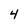
Character: 4